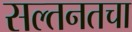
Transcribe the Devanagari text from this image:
सल्तनतचा